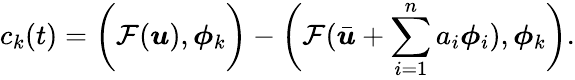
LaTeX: c_{k}(t)=\bigg(\mathcal{F}(\boldsymbol{u}),\boldsymbol{\phi}_{k}\bigg)-\bigg(\mathcal{F}(\bar{\boldsymbol{u}}+\sum_{i=1}^{n}a_{i}\boldsymbol{\phi}_{i}),\boldsymbol{\phi}_{k}\bigg).